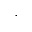
.